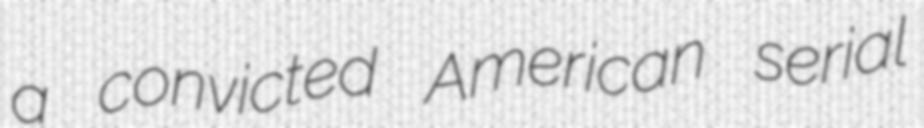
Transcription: a convicted American serial